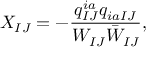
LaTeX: X _ { I J } = - \frac { q _ { I J } ^ { i a } q _ { i a I J } } { W _ { I J } \bar { W } _ { I J } } ,